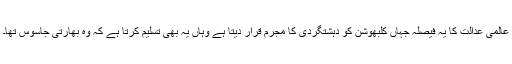
عالمی عدالت کا یہ فیصلہ جہاں کلبھوشن کو دہشتگردی کا مجرم قرار دیتا ہے وہاں یہ بھی تسلیم کرتا ہے کہ وہ بھارتی جاسوس تھا۔